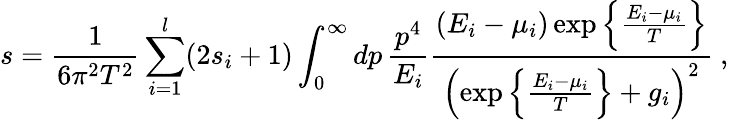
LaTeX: s={\frac{1}{6\pi^{2}T^{2}}}\sum_{i=1}^{l}(2s_{i}+1)\int_{0}^{\infty}dp\, {\frac{p^{4}}{E_{i}}}{\frac{(E_{i}-\mu_{i})\exp\left\{ {\frac{E_{i}-\mu_{i}}{T}}\right\} }{\left(\exp\left\{ {\frac{E_{i}-\mu_{i}}{T}}\right\} +g_{i}\right)^{2}}}\ ,